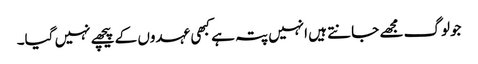
جولوگ مجھے جانتے ہیں انہیں پتہ ہے کبھی عہدوں کے پیچھے نہیں گیا۔